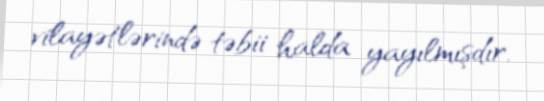
vilayətlərində təbii halda yayılmışdır.